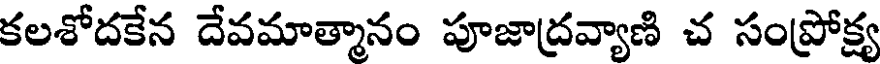
కలశోదకేన దేవమాత్మానం పూజాద్రవ్యాణి చ సంప్రోక్ష్య